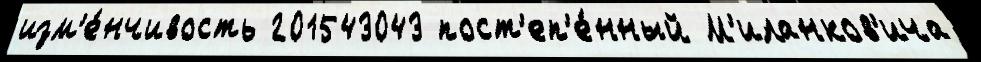
изм'е́нчивость 201543043 пост'еп'е́нный М'иланков'ича